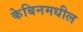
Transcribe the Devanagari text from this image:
केबिनमधील